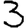
Digit: 3